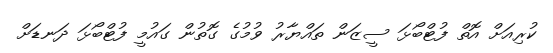
ކުރިއަށް އޮތް ފުޓްބޯޅަ ސީޒަން ތައްޔާރު ވުމުގެ ގޮތުން ގައުމީ ފުޓްބޯޅަ ދަނޑަށް